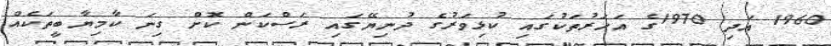
1960 އަދި 1970ގެ އަހަރުތަކުގައި ކުޅިވަރުގެ ދުނިޔޭގައި ރަސްކަން ކޮށް ގިނަ ކާމިޔާބީތަކެއް